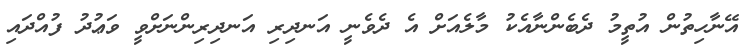
އޭނާހިތުން އުތީމު ދެބެންނާއެކު މާލެއަށް އެ ދެވެނީ އަނދިރި އަނދިރިންނަށްވީ ވަޢުދު ފުއްދައި